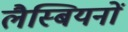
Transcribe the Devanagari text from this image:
लैस्बियनों